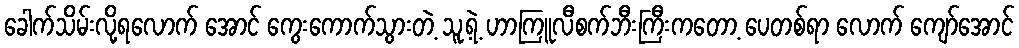
ခေါက်သိမ်းလို့ရလောက် အောင် ကွေးကောက်သွားတဲ့ သူ့ရဲ့ ဟာကြူလီစက်ဘီးကြီးကတော့ ပေတစ်ရာ လောက် ကျော်အောင်